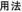
用法